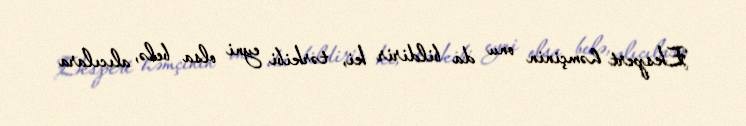
Ekspert həmçinin onu da bildirir ki, tərkibi eyni olsa belə, alıcılara